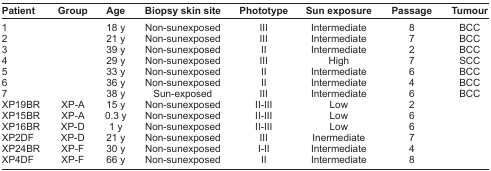
<table><thead><tr><td><b>Patient</b></td><td><b>Group</b></td><td><b>Age</b></td><td><b>Biopsy skin site</b></td><td><b>Phototype</b></td><td><b>Sun exposure</b></td><td><b>Passage</b></td><td><b>Tumour</b></td></tr></thead><tbody><tr><td>1</td><td></td><td>18 y</td><td>Non-sunexposed</td><td>III</td><td>Intermediate</td><td>8</td><td>BCC</td></tr><tr><td>2</td><td></td><td>21 y</td><td>Non-sunexposed</td><td>III</td><td>Intermediate</td><td>7</td><td>BCC</td></tr><tr><td>3</td><td></td><td>39 y</td><td>Non-sunexposed</td><td>II</td><td>Intermediate</td><td>2</td><td>BCC</td></tr><tr><td>4</td><td></td><td>29 y</td><td>Non-sunexposed</td><td>III</td><td>High</td><td>7</td><td>SCC</td></tr><tr><td>5</td><td></td><td>33 y</td><td>Non-sunexposed</td><td>II</td><td>Intermediate</td><td>6</td><td>BCC</td></tr><tr><td>6</td><td></td><td>36 y</td><td>Non-sunexposed</td><td>II</td><td>Intermediate</td><td>4</td><td>BCC</td></tr><tr><td>7</td><td></td><td>38 y</td><td>Sun-exposed</td><td>III</td><td>Intermediate</td><td>6</td><td>BCC</td></tr><tr><td>XP19BR</td><td>XP-A</td><td>15 y</td><td>Non-sunexposed</td><td>II–III</td><td>Low</td><td>2</td><td></td></tr><tr><td>XP15BR</td><td>XP-A</td><td>0.3 y</td><td>Non-sunexposed</td><td>II–III</td><td>Low</td><td>6</td><td></td></tr><tr><td>XP16BR</td><td>XP-D</td><td>1 y</td><td>Non-sunexposed</td><td>II–III</td><td>Low</td><td>6</td><td></td></tr><tr><td>XP2DF</td><td>XP-D</td><td>21 y</td><td>Non-sunexposed</td><td>III</td><td>Inermediate</td><td>7</td><td></td></tr><tr><td>XP24BR</td><td>XP-F</td><td>30 y</td><td>Non-sunexposed</td><td>I–II</td><td>Intermediate</td><td>4</td><td></td></tr><tr><td>XP4DF</td><td>XP-F</td><td>66 y</td><td>Non-sunexposed</td><td>II</td><td>Intermediate</td><td>8</td><td></td></tr></tbody></table>